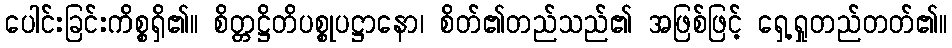
ပေါင်းခြင်းကိစ္စရှိ၏။ စိတ္တဋ္ဌိတိပစ္စုပဋ္ဌာနော၊ စိတ်၏တည်သည်၏ အဖြစ်ဖြင့် ရှေ့ရှုတည်တတ်၏။